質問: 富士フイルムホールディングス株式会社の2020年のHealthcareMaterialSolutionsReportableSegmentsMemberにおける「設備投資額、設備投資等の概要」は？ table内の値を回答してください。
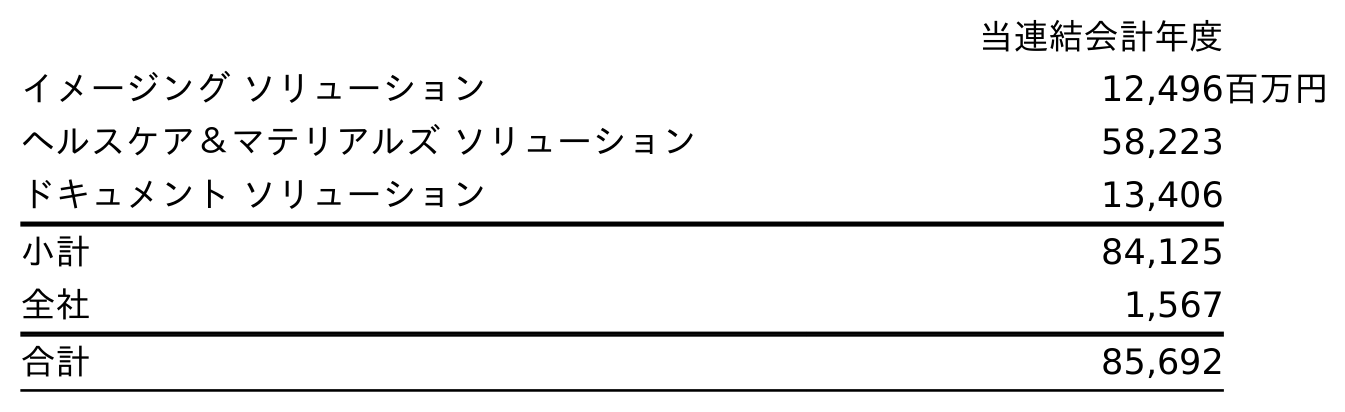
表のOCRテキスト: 当連結会計年度 イメージング ソリューション 12,496百万円 ヘルスケア＆マテリアルズ ソリューション 58,223 ドキュメント ソリューション 13,406 小計 84,125 全社 1,567 合計 85,692
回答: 58,223